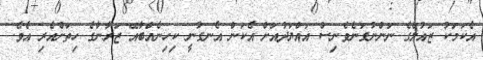
އެކަމަކު ޒައުލްގެ ނަންނުގަނެވެނިސް އައްޔަދުއަށް އެކަން އެނގުނީ ކިހިނެއްބާއޭ ޒަރާނާގެ ހިތަށްއެރި އެވެ.